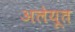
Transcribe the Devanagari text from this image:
अलेयूत